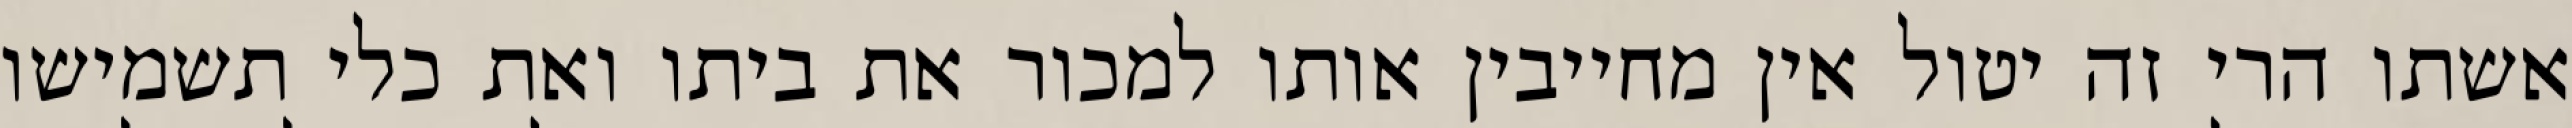
אשתו הרי זה יטול אין מחייבין אותו למכור את ביתו ואת כלי תשמישו